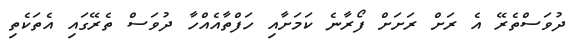
ދުވަސްތެރޭ އެ ރަށް ރަށަށް ފޯރާނެ ކަމަށާއި ހަފްތާއެއްހާ ދުވަސް ތެރޭގައި އެތަކެތި